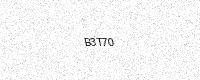
Text: B3T70